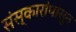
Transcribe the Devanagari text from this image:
संस्कारांपासून